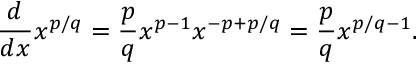
{ \frac { d } { d x } } x ^ { p / q } = { \frac { p } { q } } x ^ { p - 1 } x ^ { - p + p / q } = { \frac { p } { q } } x ^ { p / q - 1 } .